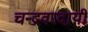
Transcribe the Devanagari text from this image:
चन्द्रवरदायी